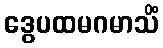
ဒွေပထမဂမာသိံ